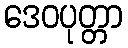
ဒေဝပုတ္တာ